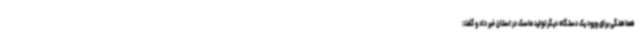
هماهنگی برای ورود یک دستگاه دیگر تولید ماسک در استان خبر داد و گفت: